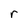
Character: r